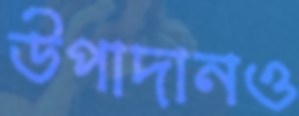
উপাদানও